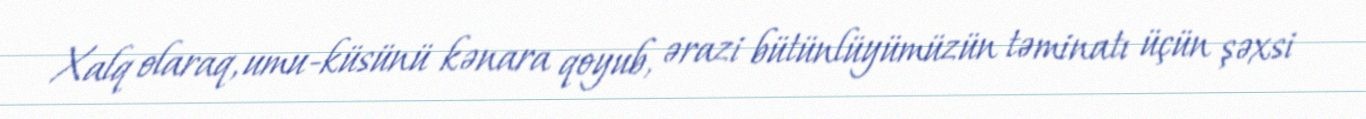
Xalq olaraq, umu-küsünü kənara qoyub, ərazi bütünlüyümüzün təminatı üçün şəxsi